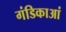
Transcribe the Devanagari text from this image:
गंडिकाआं